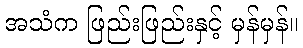
အသံက ဖြည်းဖြည်းနှင့် မှန်မှန်။